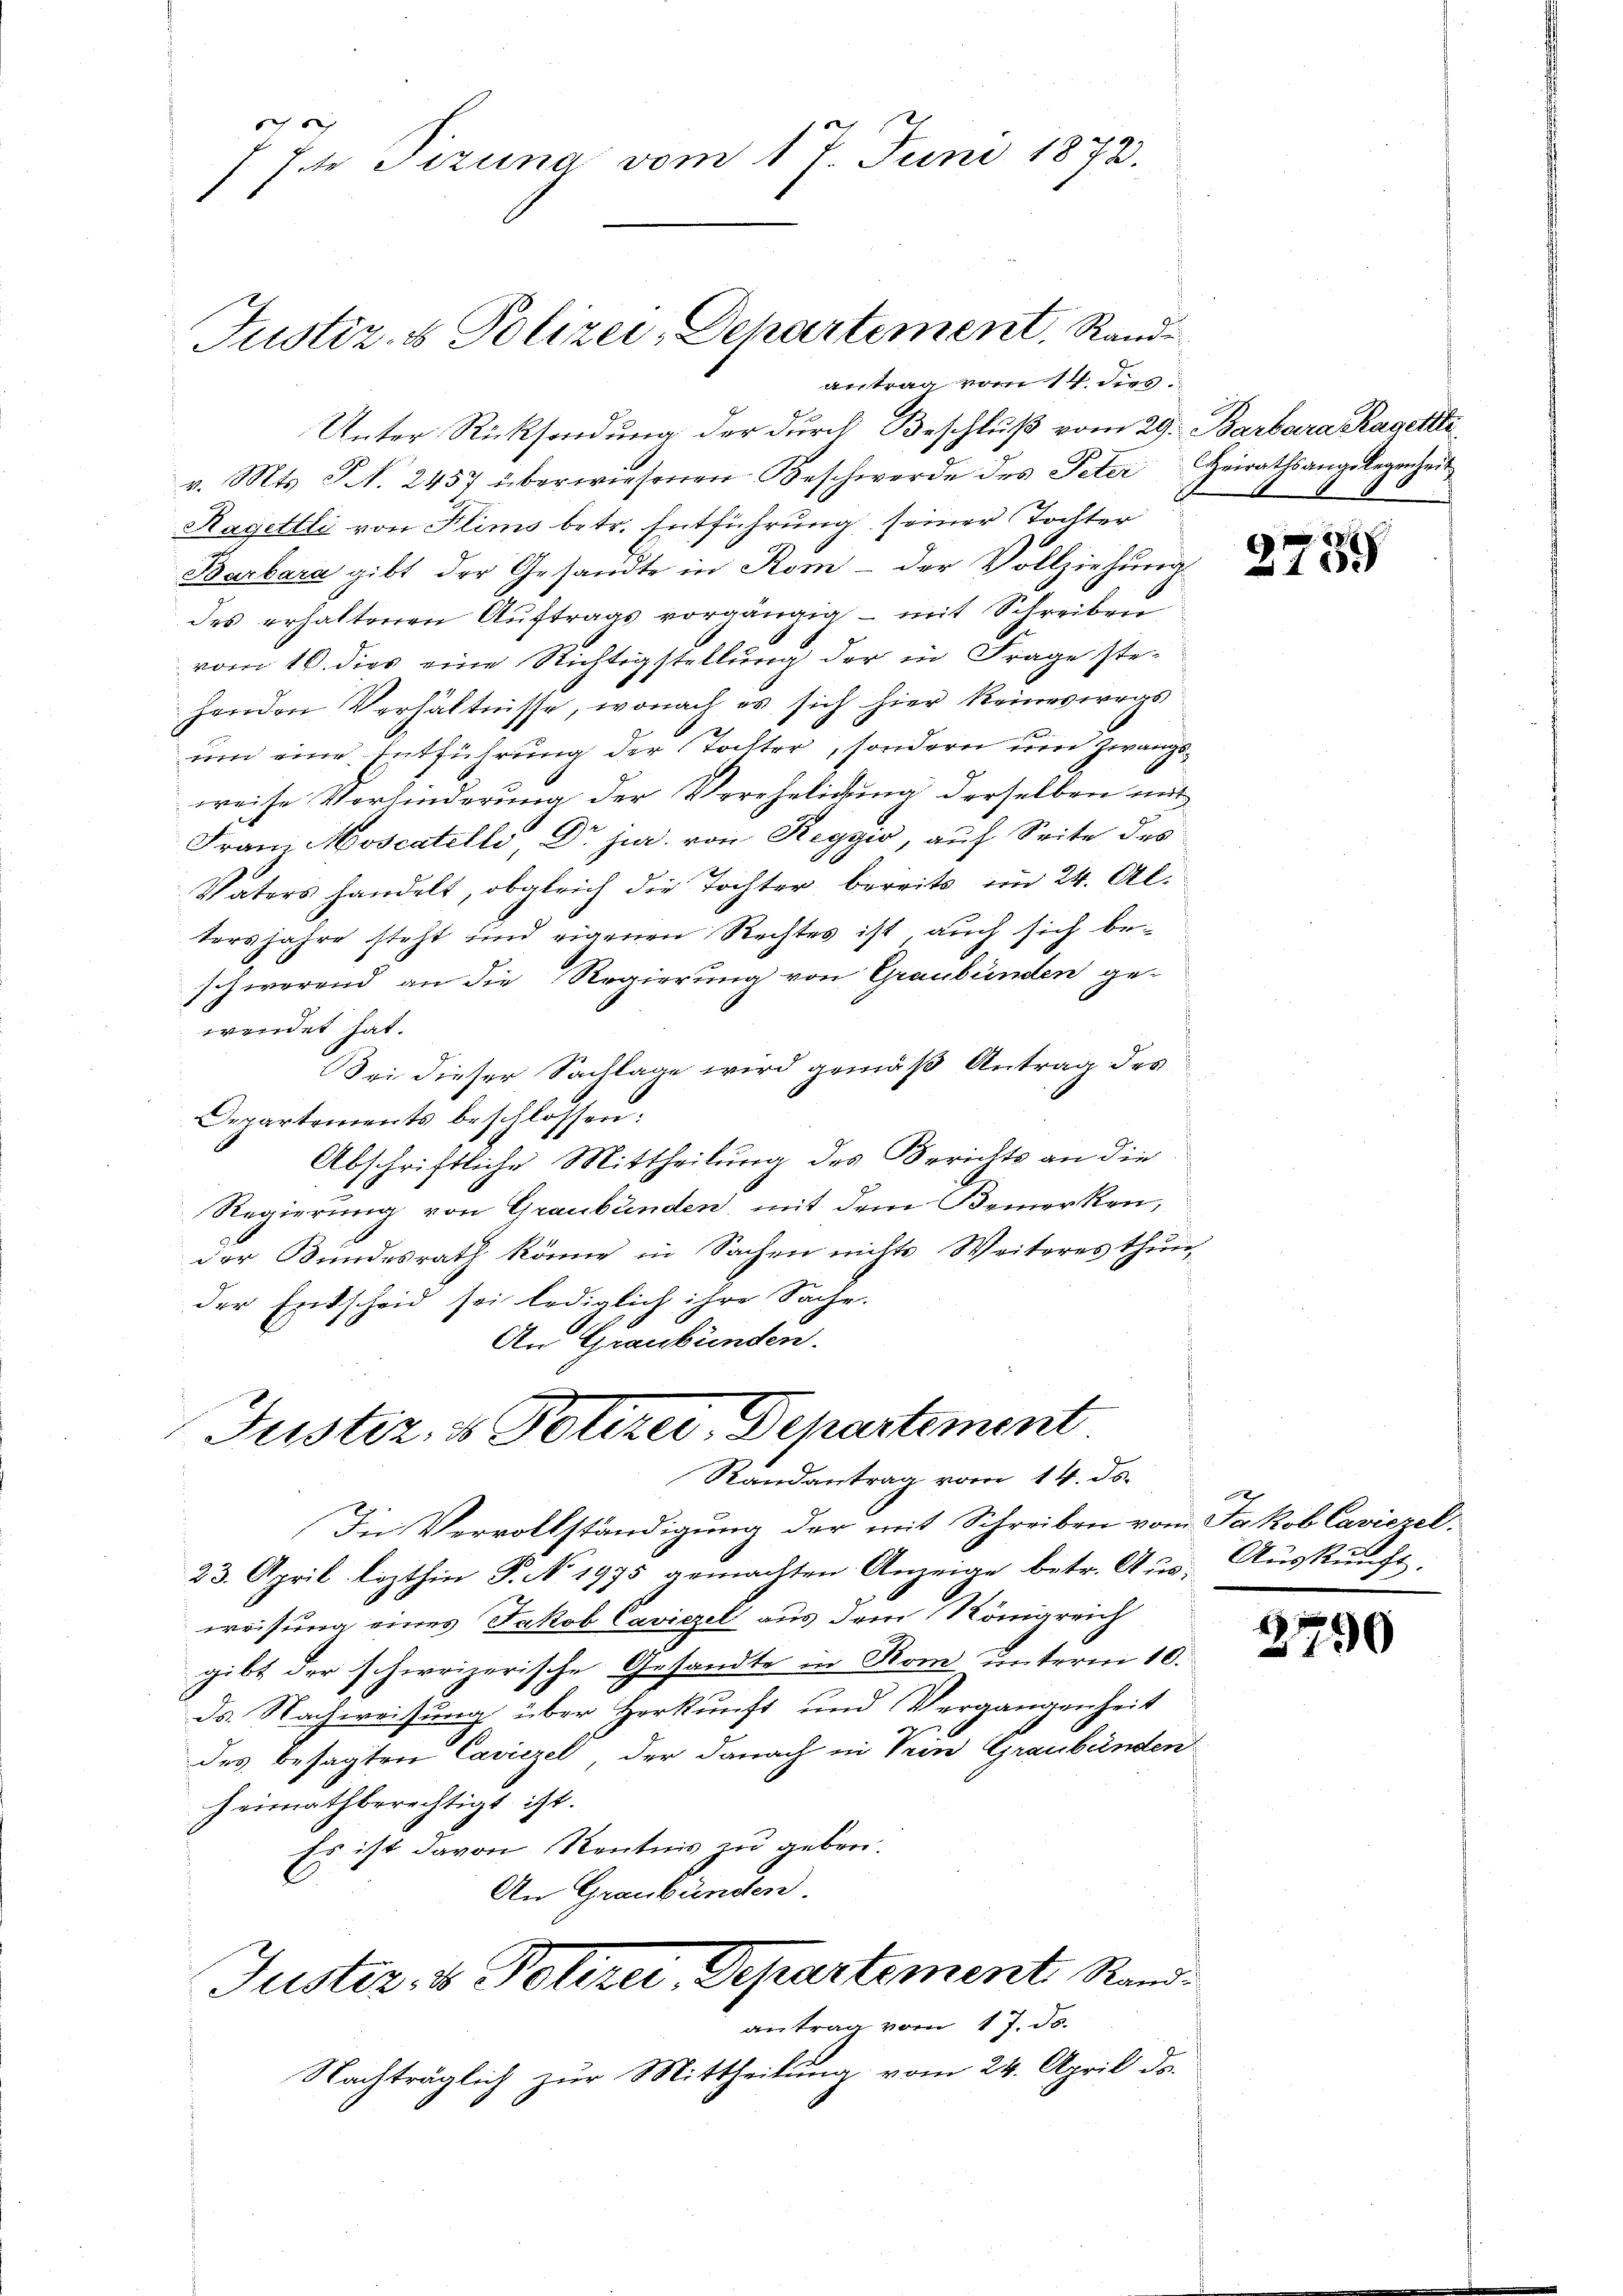
Jte Sizung vom 17. Juni 1873.

Justiz- & Polizei-Dehartement, Rande
antrag vom 14. dies

Unter Rücksendung der durch Beschluß vom 29. Barbara Ragellte
v. Mts. S. 2457 überwiesenen Beschwerde des Peter Heirathsangelegenheit
Ragettli von Flims betr. Entführung seiner Tochter
Barbara gibt der Gesandte in Rom - der Vollziehung
des erhaltenen Aŭftrags vorgängig - mit Schreiben
vom 16. dies eine Richtigstellung der in Frage stehenden Verhältnisse, wonach es sich hier keineswegs
um eine Entführung der Tochter, sondern um Zwangsweise Verhinderung der Verehelichung derselben mit
Franz Moscatelle Dr. jur. von Reggio, auf Seite des
Vaters handelt, obgleich die Tochter bereits im 24. Altersjahre steht und eigenen Rechtes ist auch sich beschwerend an die Regierung von Graubünden gewendet hat.
Sei dieser Sachlage wird gemäß Antrag des
Departements beschlossen:
Abschriftliche Mittheilung des Berichts an die
Regierung von Graubünden, mit dem Bemerken,
der Bundesrath könne in Sachen nichts Weiteres thun
der Entscheid sei lediglich ihre Sache.
An Graubünden.
Justiz, u. Polizei-Departement.
Randantrag vom 14. de
In Vervollständigung der mit Schreiben vom Jakob Caviezel,
23. April lezthin P. No. 1995 gemachten Anzeige betr. Aus- Auskunft,
weisung eines Jakob Caviezel aus dem Königreich
gibt der schereizerische Gesandte in Rom unterm 10.
ds. Nachweisung über Herkunft und Vergangenheit
des besagten Caviezel der danach in Sein Graubünden
heimathberechtigt ist.
Es ist davon Kentnis zu geben.
An Graubünden.
Justiz- & Polizei, Departement Standantrag vom 17. ds.
Nachträglich zur Mittheilung vom 24. April da.

8

135

10

4
190